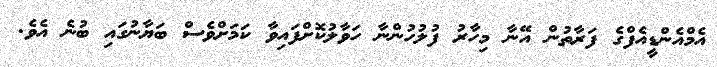
އެމްއެންޑީއެފްގެ ފަރާތުން އޭނާ މިހާރު ފުލުހުންނާ ހަވާލުކޮށްފައިވާ ކަމަށްވެސް ބަޔާނުގައި ބުނެ އެވެ.